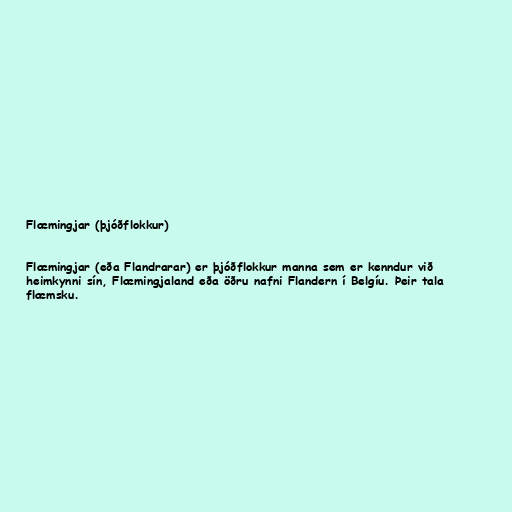
Flæmingjar (þjóðflokkur)

Flæmingjar (eða Flandrarar) er þjóðflokkur manna sem er kenndur við
heimkynni sín, Flæmingjaland eða öðru nafni Flandern í Belgíu. Þeir tala
flæmsku.